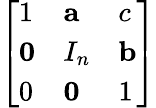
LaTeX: \left[\begin{array}{lll}{1}&{\mathbf{a}}&{c}\\ {\mathbf{0}}&{I_{n}}&{\mathbf{b}}\\ {0}&{\mathbf{0}}&{1}\end{array}\right]